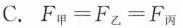
C.$$F_{甲}=F_{乙}=F_{丙}$$